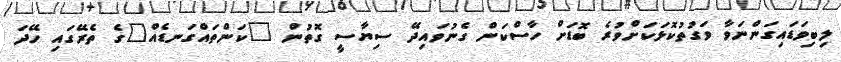
ލިބިވަޑައިގަންނަވާ ވަގުތުކޮޅަކަށްވުރެ ބޮޑަށް ހާސްކަން ގެނުވައިދޭ ސިޔާސީ ގޮތުން "ކަންތައްގަނޑެއް"ގެ ތެރޭގައި ހޭދަ